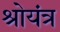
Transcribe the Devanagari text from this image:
श्रोयंत्र